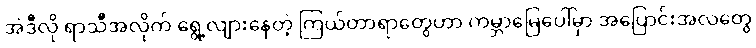
အဲဒီလို ရာသီအလိုက် ရွေ့လျားနေတဲ့ ကြယ်တာရာတွေဟာ ကမ္ဘာမြေပေါ်မှာ အပြောင်းအလဲတွေ